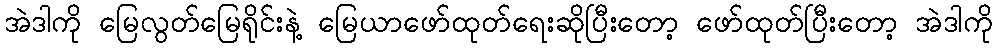
အဲဒါကို မြေလွတ်မြေရိုင်းနဲ့ မြေယာဖော်ထုတ်ရေးဆိုပြီးတော့ ဖော်ထုတ်ပြီးတော့ အဲဒါကို